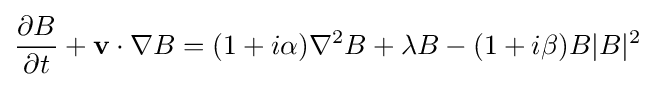
{\frac {\partial B}{\partial t}}+\mathbf {v} \cdot \nabla B=(1+i\alpha )\nabla ^{2}B+\lambda B-(1+i\beta )B|B|^{2}